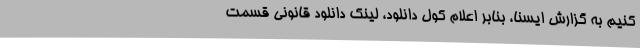
کنیم به گزارش ایسنا، بنابر اعلام کول دانلود، لینک دانلود قانونی قسمت